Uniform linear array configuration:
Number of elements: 24
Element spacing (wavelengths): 0.75
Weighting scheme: uniform
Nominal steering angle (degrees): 30
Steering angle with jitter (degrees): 29.177
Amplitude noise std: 0.05
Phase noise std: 0.05

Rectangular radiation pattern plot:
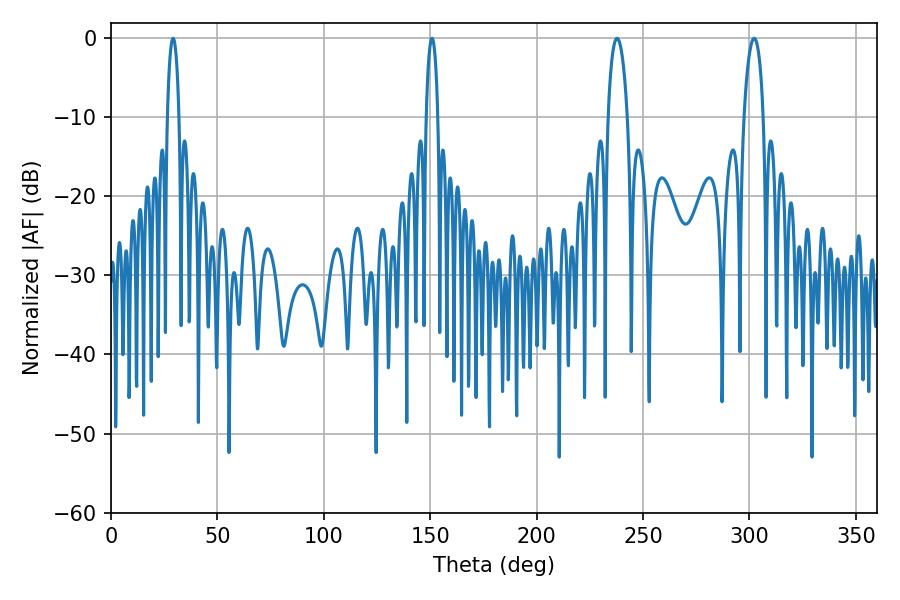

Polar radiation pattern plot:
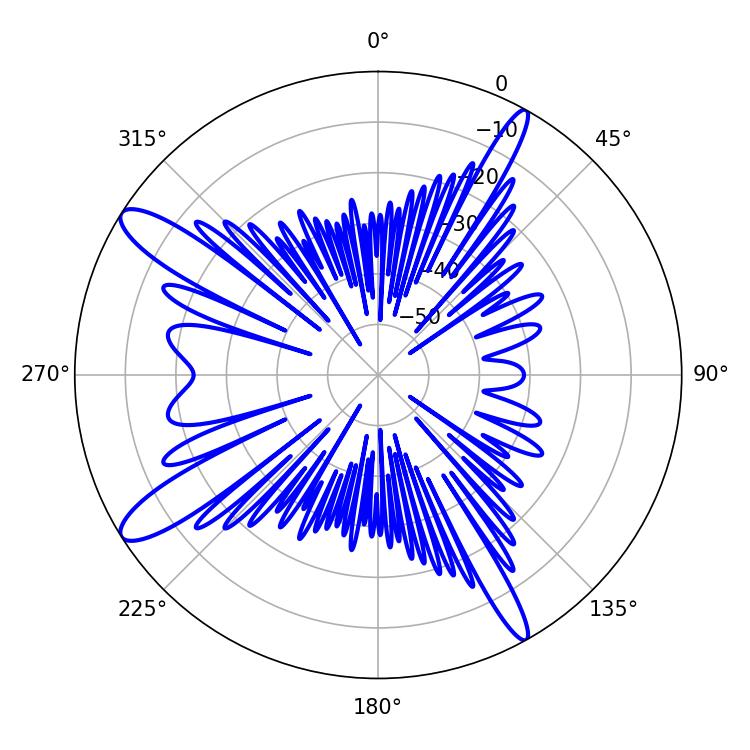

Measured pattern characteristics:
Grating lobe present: TRUE
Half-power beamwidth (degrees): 5.22
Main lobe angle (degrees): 302.22